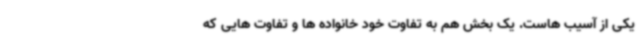
یکی از آسیب هاست. یک بخش هم به تفاوت خود خانواده ها و تفاوت هایی که